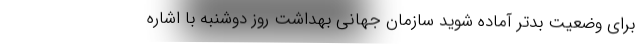
برای وضعیت بدتر آماده شوید سازمان جهانی بهداشت روز دوشنبه با اشاره